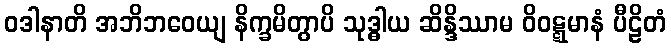
ဝဒါနာတိ အဘိဘဝေယျ နိက္ခမိတွာပိ သုဒ္ဓါယ ဆိန္ဒိဿာမ ဝိဝဋ္ဋမာနံ ပီဠိတံ